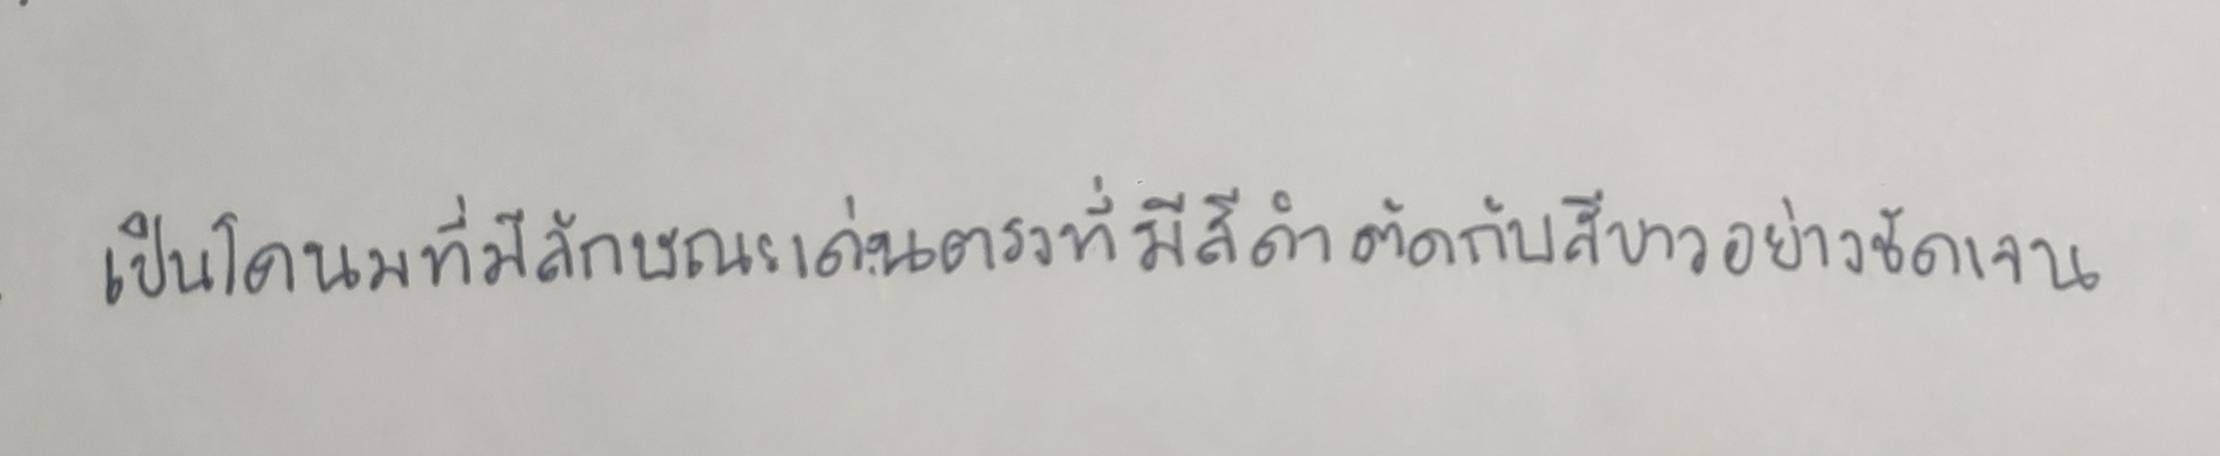
เป็นโคนมที่มีลักษณะเด่นตรงที่มีสีดำตัดกับสีขาวอย่างชัดเจน